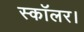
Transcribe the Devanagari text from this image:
स्कॉलर।